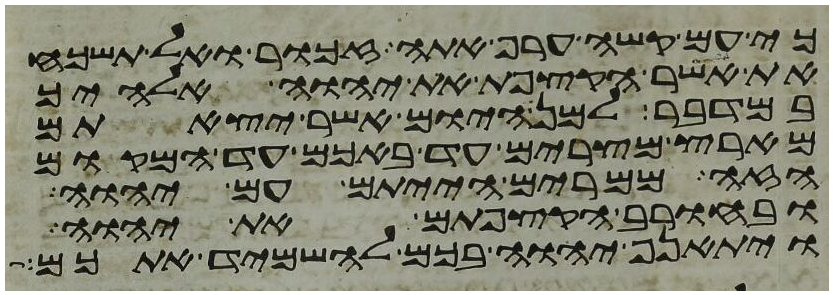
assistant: כי עם קשה ערף אתה זכור ואל תשכח
את אשר הקצפת את יהוה אלהיך
במדבר למן היום אשר יצאתם
מארץ מצרים עד באכם עד המקום
הזה ממרים הייתם עם יהוה
ובחורב הקצפתם את יהוה
ויתאנף יהוה בכם להשמיד אתכם